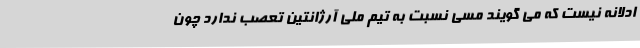
ادلانه نیست که می گویند مسی نسبت به تیم ملی آرژانتین تعصب ندارد چون